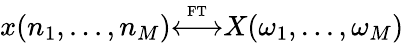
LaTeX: x(n_{1},...,n_{M}){\overset{\underset{\mathrm{FT}}{}}{\longleftrightarrow}}X(\omega_{1},...,\omega_{M})